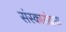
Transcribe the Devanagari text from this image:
संस्कारांद्वारा